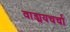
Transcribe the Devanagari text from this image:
वाड्मयचर्चा